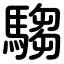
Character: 騶